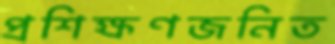
প্রশিক্ষণজনিত